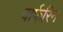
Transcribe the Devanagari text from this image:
वार्फरिन